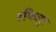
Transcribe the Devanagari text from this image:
हफिजुर